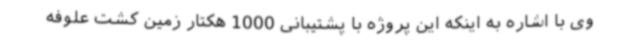
وی با اشاره به اینکه این پروژه با پشتیبانی 1000 هکتار زمین کشت علوفه